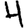
Digit: 4